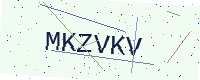
Text: MKZVKV